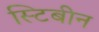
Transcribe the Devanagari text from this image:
स्टिबीन